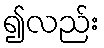
၍လည်း